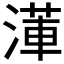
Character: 𭱺